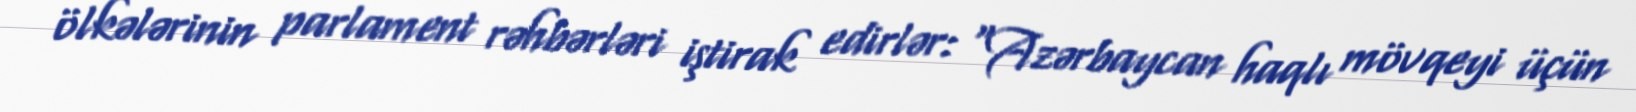
ölkələrinin parlament rəhbərləri iştirak edirlər: “Azərbaycan haqlı mövqeyi üçün